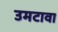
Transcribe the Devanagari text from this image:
उमटावा